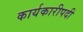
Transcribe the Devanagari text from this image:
कार्यकारीपदी